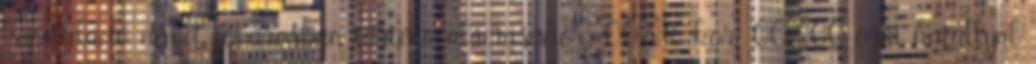
kapituláció német fõvárosban történõ aláírásához, 00:16-kor, 00:00 órai hatállyal